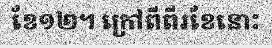
ខែ១២។ ក្រៅពីពីរខែនោះ